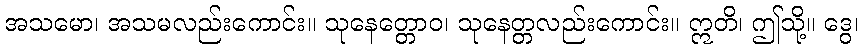
အသမော၊ အသမလည်းကောင်း။ သုနေတ္တောဝ၊ သုနေတ္တလည်းကောင်း။ ဣတိ၊ ဤသို့။ ဒွေ၊